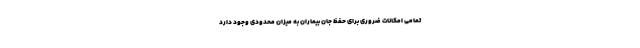
تمامی امکانات ضروری برای حفظ جان بیماران به میزان محدودی وجود دارد